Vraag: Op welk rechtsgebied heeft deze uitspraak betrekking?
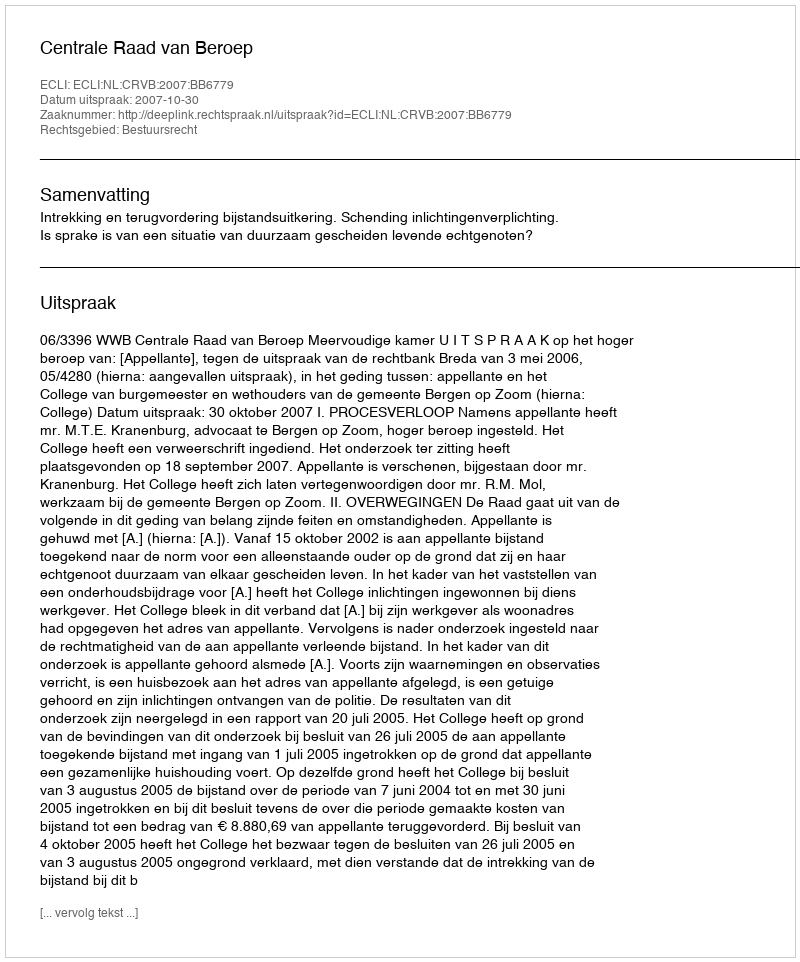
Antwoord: Bestuursrecht